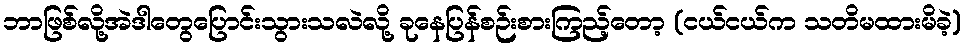
ဘာဖြစ်လို့အဲဒါတွေပြောင်းသွားသလဲလို့ ခုနေပြန်စဉ်းစားကြည့်တော့ (ငယ်ငယ်က သတိမထားမိခဲ့)